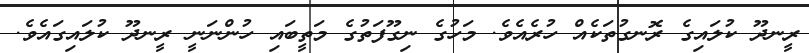
ރީނދޫ ކުލައިގެ ރޮނގުތަކެއް ހުރެއެވެ. މަހުގެ ނިގޫފަތުގެ މަތީބައި ހުންނަނީ ރީނދޫ ކުލައިގައެވެ.